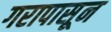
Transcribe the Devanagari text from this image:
गरापासून